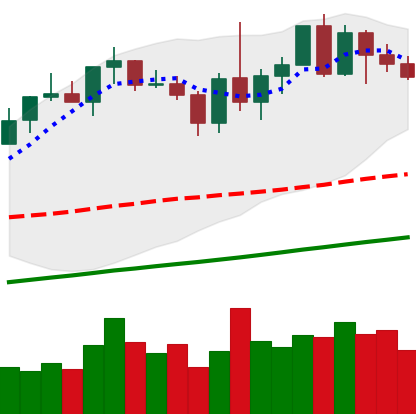
Ticker: XMR-USD
Chart end date: 2020-12-31
Forward return: -12.612%
Label: down_7plus